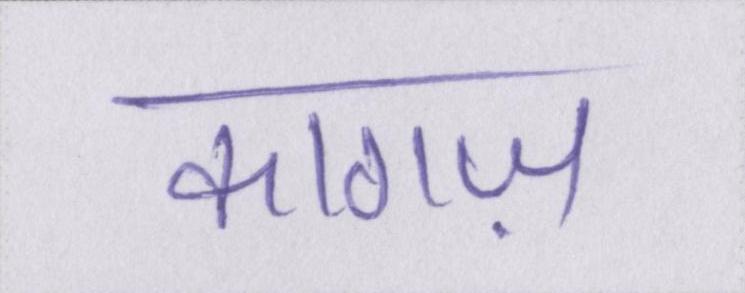
कागज़